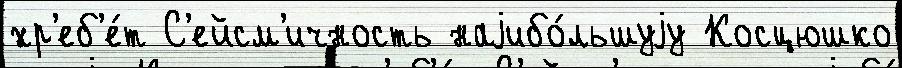
хр'еб'е́т С'ейсм'ичность наjибо́льшуjу Косцюшко